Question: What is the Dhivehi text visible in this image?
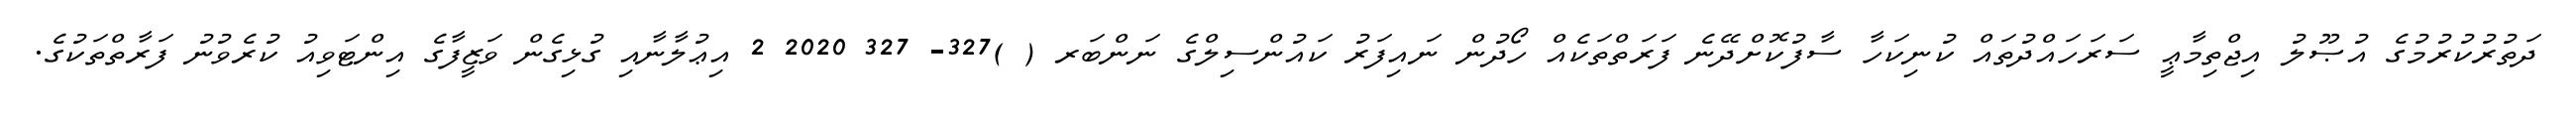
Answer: ދަތުރުކުރުމުގެ އުޞޫލު އިޖްތިމާޢީ ސަރަހައްދުތައް ކުނިކަހާ ސާފުކޮށްދޭނެ ފަރަތްތަކެއް ހޯދުން ނައިފަރު ކައުންސިލްގެ ނަންބަރ ( )327- 327 2020 2 އިޢުލާނާއި ގުޅިގެން ވަޒީފާގެ އިންޓަވިއު ކުރެވުނު ފަރާތްތަކުގެ.